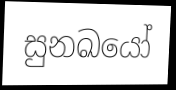
සුනඛයෝ